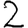
Digit: 2